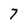
Character: 7